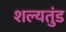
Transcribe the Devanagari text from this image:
शल्यतुंड